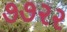
૭૭૨૨